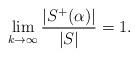
LaTeX: \begin{align*}\lim_{k\to\infty}\frac{|S^+(\alpha)|}{|S|}=1.\end{align*}